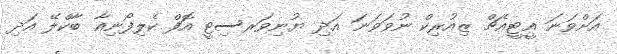
އަށްވަނަ އީޓީއެޗް ޒިއުރިކް ނުވަވަނަ އަދި ޔުނިވަރސިޓީ އޮފް ކެލިފޯނިއާ ބާކްލޭ އަދި